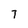
Character: 7